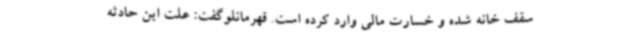
سقف خانه شده و خسارت مالی وارد کرده است. قهرمانلوگفت: علت این حادثه